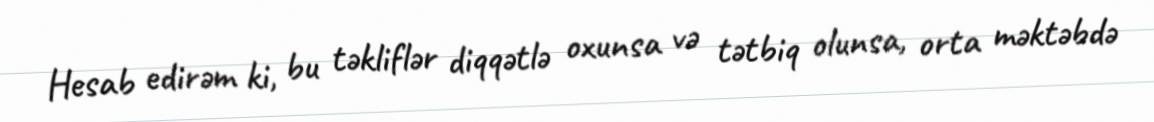
Hesab edirəm ki, bu təkliflər diqqətlə oxunsa və tətbiq olunsa, orta məktəbdə